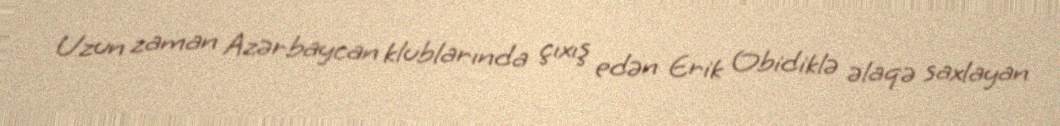
Uzun zaman Azərbaycan klublarında çıxış edən Erik Obidiklə əlaqə saxlayan